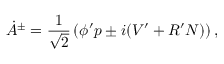
\dot { A } { } ^ { \pm } = \frac { 1 } { \sqrt { 2 } } \left( \phi ^ { \prime } p \pm i ( V ^ { \prime } + R ^ { \prime } N ) \right) ,